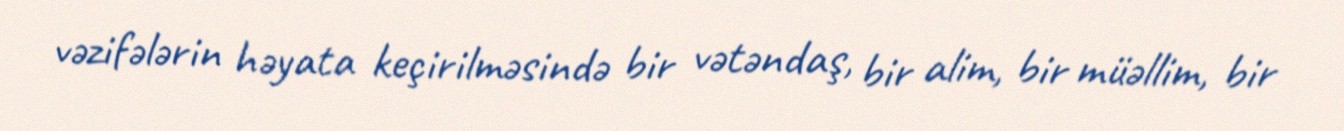
vəzifələrin həyata keçirilməsində bir vətəndaş, bir alim, bir müəllim, bir